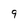
Character: 9